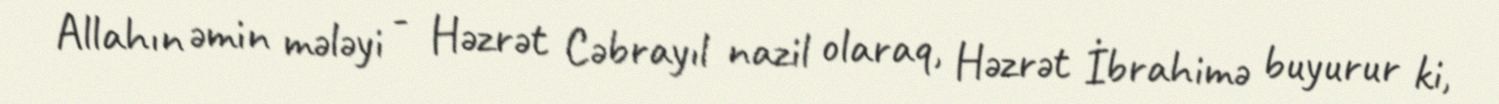
Allahın əmin mələyi - Həzrət Cəbrayıl nazil olaraq, Həzrət İbrahimə buyurur ki,